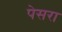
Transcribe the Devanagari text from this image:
पेसरा